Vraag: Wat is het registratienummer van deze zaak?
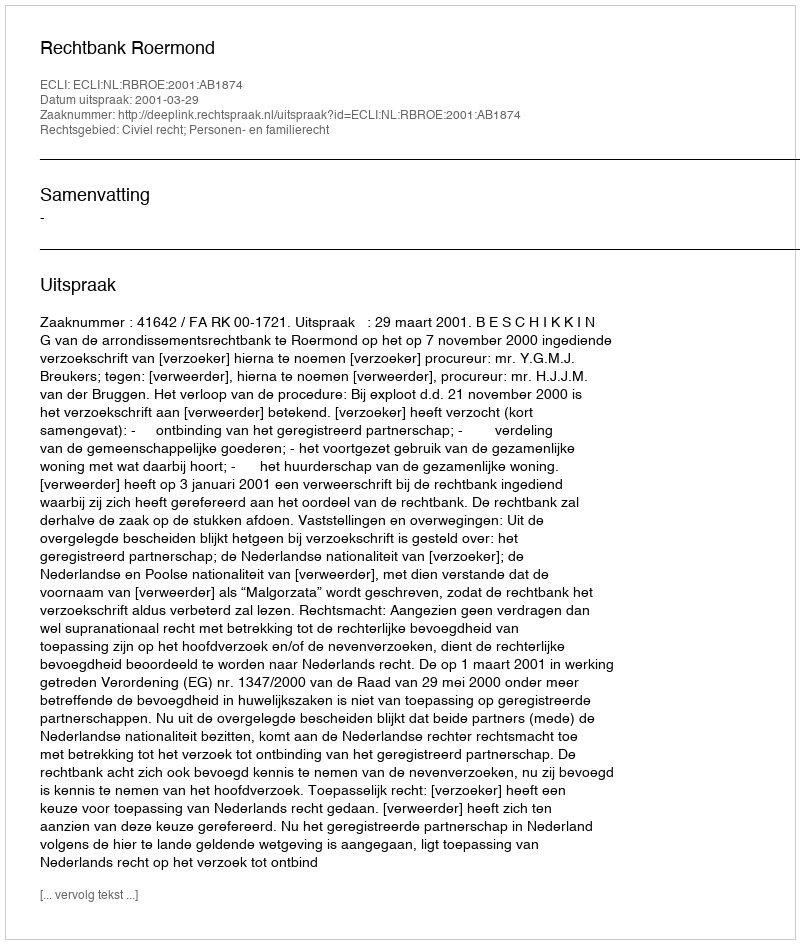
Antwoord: http://deeplink.rechtspraak.nl/uitspraak?id=ECLI:NL:RBROE:2001:AB1874